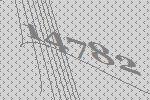
14782